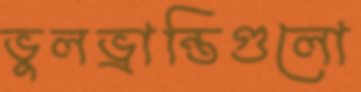
ভুলভ্রান্তিগুলো